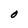
Character: O